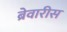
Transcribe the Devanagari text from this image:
ब्रेवारीस